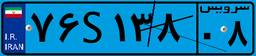
۷۶S۱۳۸۰۸